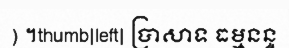
) ។thumb|left| ប្រាសាទ ធម្មនន្ទ